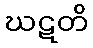
ဃဋတိ